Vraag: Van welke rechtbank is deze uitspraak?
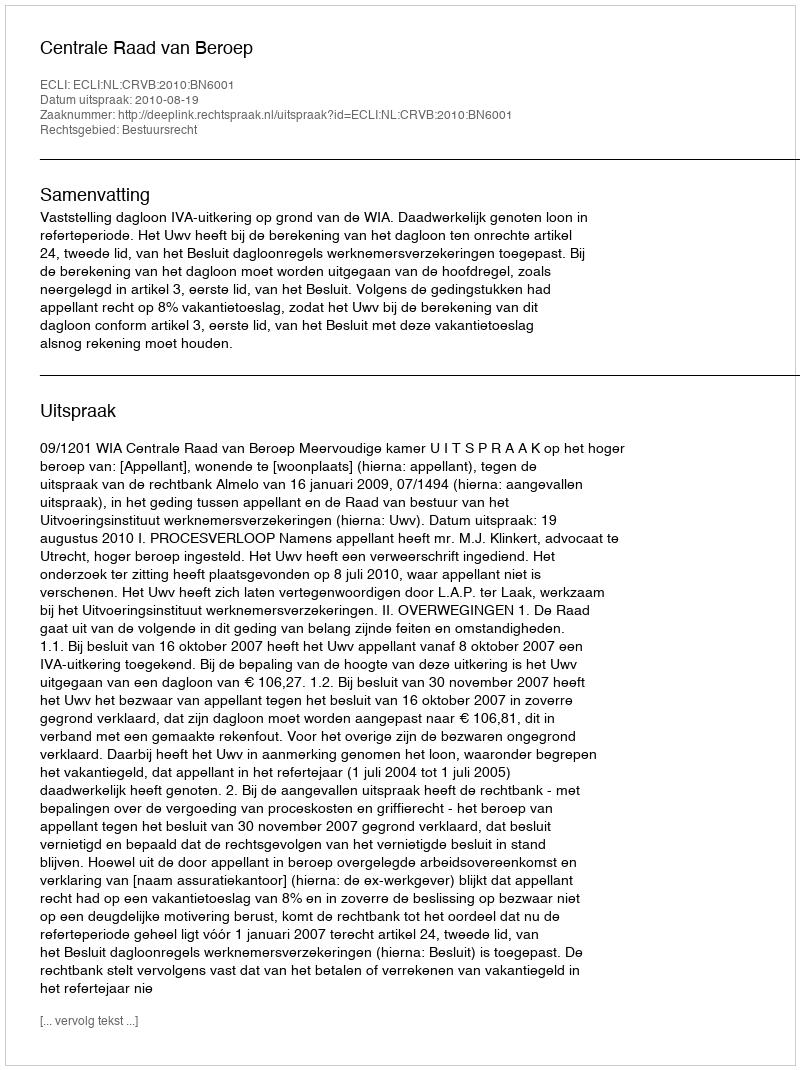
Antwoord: Centrale Raad van Beroep